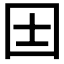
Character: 𡆮